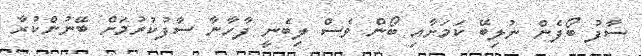
ސާފު ބޯފެން ނުލިބޭ ކަމަށާއި ބޯން ވެސް ލިބެނީ ފާހާނާ ސާފުކުރުމަށް ބޭނުންކުރާ